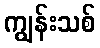
ကျွန်းသစ်